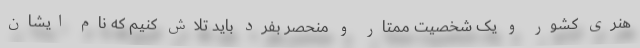
هنری کشور و یک شخصیت ممتار و منحصر بفرد باید تلاش کنیم که نام ایشان